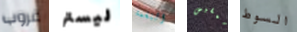
غروب ليستر النغمة ممفيس السوط